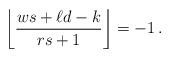
LaTeX: \begin{align*}\left\lfloor \frac{ws+\ell d -k}{rs+1}\right\rfloor = -1 \, .\end{align*}